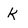
Character: k